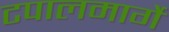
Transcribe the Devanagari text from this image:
टपालमार्गे